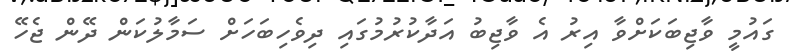
ގައުމީ ވާޖިބަކަށްވާ އިރު އެ ވާޖިބު އަދާކުރުމުގައި ދިވެހިބަހަށް ސަމާލުކަން ދޭން ޖެހޭ